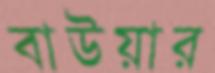
বাউয়ার